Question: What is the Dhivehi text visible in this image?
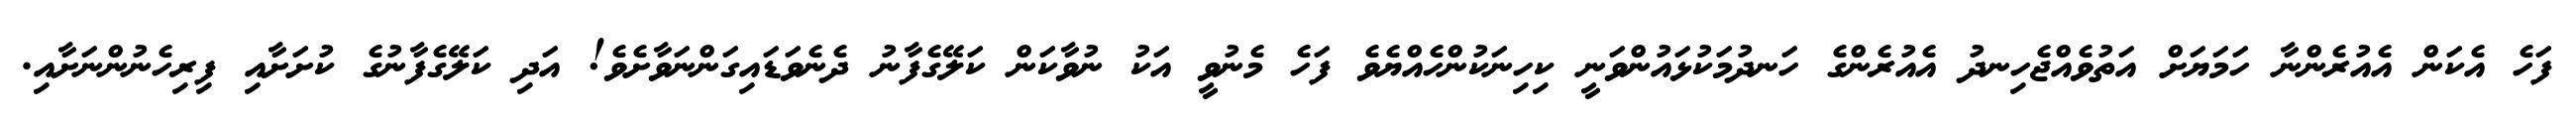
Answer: ފަހެ އެކަން އެއުރެންނާ ހަމަޔަށް އަތުވެއްޖެހިނދު އެއުރެންގެ ހަނދުމަކުޅައުންވަނީ ކިހިނަކުންހެއްޔެވެ ފަހެ މެނުވީ އަކު ނުވާކަން ކަލޭގެފާނު ދެނެވަޑައިގަންނަވާށެވެ! އަދި ކަލޭގެފާނުގެ ކުށަށާއި ފިރިހެނުންނަށާއި.